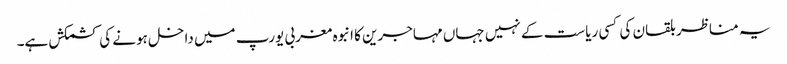
یہ مناظر بلقان کی کسی ریاست کے نہیں جہاں مہاجرین کا انبوہ مغربی یورپ میں داخل ہونے کی کشمکش ہے۔